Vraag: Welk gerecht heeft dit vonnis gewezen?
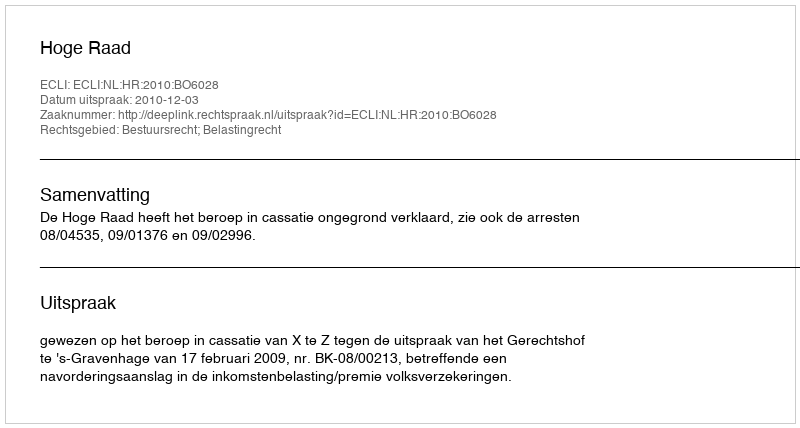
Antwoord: Hoge Raad